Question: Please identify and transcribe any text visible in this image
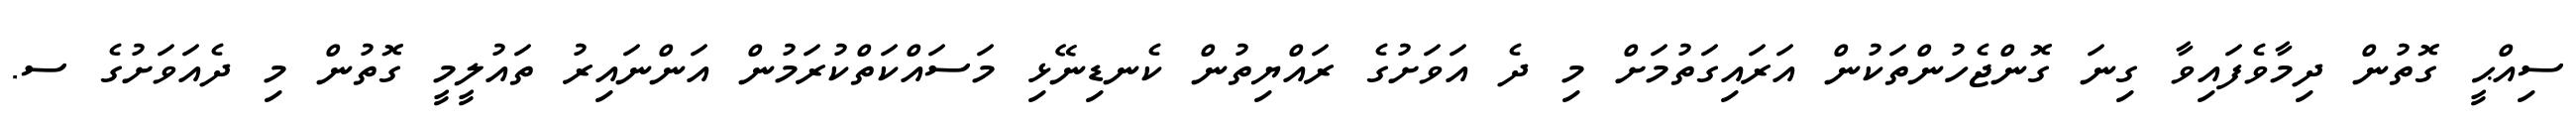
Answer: ސިއްޙީ ގޮތުން ދިމާވެފައިވާ ގިނަ ގޮންޖެހުންތަކުން އަރައިގަތުމަށް މި ދެ އަވަށުގެ ރައްޔިތުން ކެނޑިނޭޅި މަސައްކަތްކުރަމުން އަންނައިރު ތައުލީމީ ގޮތުން މި ދެއަވަށުގެ ސ.